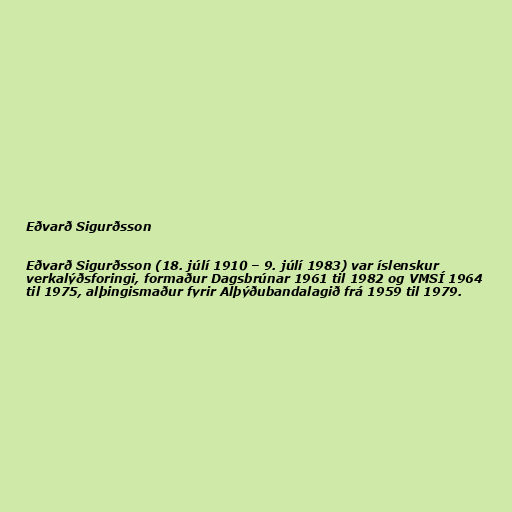
Eðvarð Sigurðsson

Eðvarð Sigurðsson (18. júlí 1910 – 9. júlí 1983) var íslenskur
verkalýðsforingi, formaður Dagsbrúnar 1961 til 1982 og VMSÍ 1964
til 1975, alþingismaður fyrir Alþýðubandalagið frá 1959 til 1979.